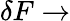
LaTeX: \delta F\rightarrow